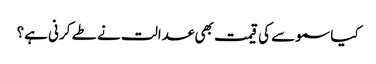
کیا سموسے کی قیمت بھی عدالت نے طے کرنی ہے؟